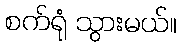
စက်ရုံ သွားမယ်။